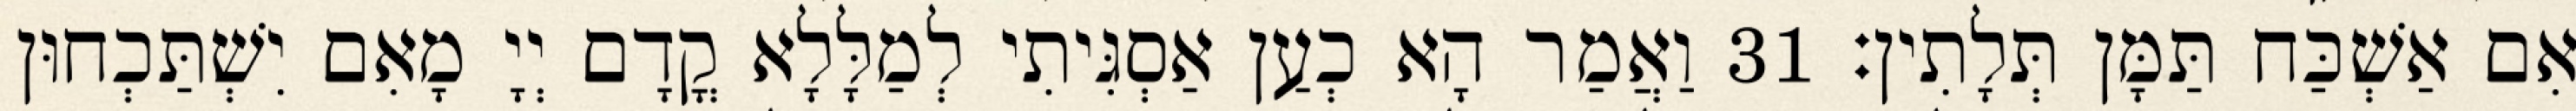
אִם אַשְׁכַּח תַּמָּן תְּלָתִין׃ 31 וַאֲמַר הָא כְעַן אַסְגִּיתִי לְמַלָּלָא קֳדָם יְיָ מָאִם יִשְׁתַּכְחוּן